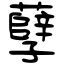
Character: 孽